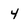
Character: 4